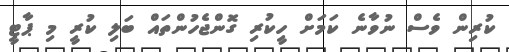
ކުރިން ވެސް ނުވާނެ ކަމަށް ހީކުރި ގޮންޖެހުންތައް ބަލި ކުރީ މި ޕާޓީ